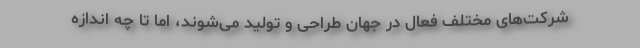
شرکت‌های مختلف فعال در جهان طراحی و تولید می‌شوند، اما تا چه اندازه